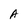
Character: A